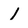
Character: 1